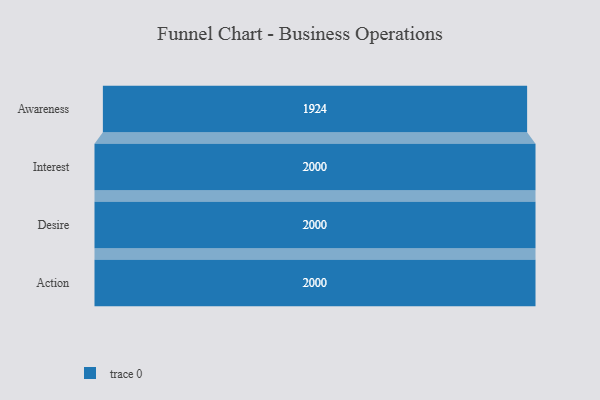
{"axis": {"x": "Stage", "y": "Value"}, "legend": [""], "data": [{"x": "Awareness", "y": 1924.0, "type": ""}, {"x": "Interest", "y": 2000, "type": ""}, {"x": "Desire", "y": 2000, "type": ""}, {"x": "Action", "y": 2000, "type": ""}]}